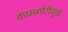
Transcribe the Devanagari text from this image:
कामगीरीमुळे